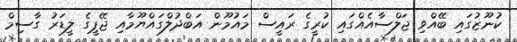
ކުނޫޒުގައި ބޭއްވި ޖަލްސާއެއްގައި ކުރީގެ ރައީސް މައުމޫން އަބްދުލްގައްޔޫމާއި ޖޭޕީގެ ލީޑަރު ގާސިމް